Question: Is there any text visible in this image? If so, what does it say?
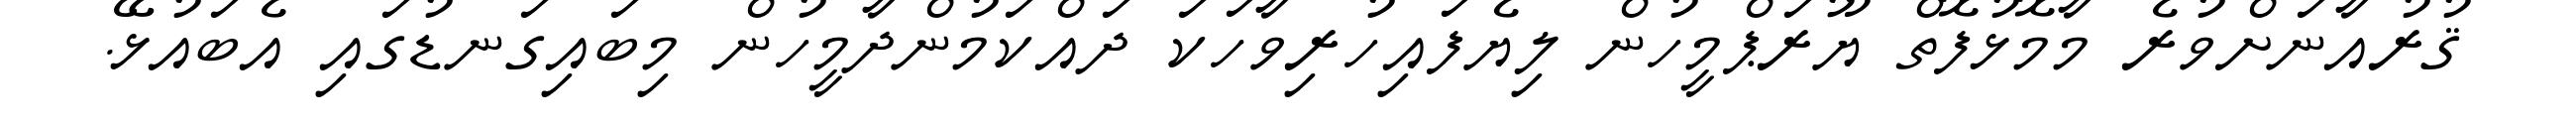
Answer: ޤުރުއާނަށްވުރެ މާމޮޅުފޮތް ޔޫރަޕްމީހުން ލިޔެފައިހުރިވާހަކަ ދައްކަމުންދާމީހުން މިބައިގަނޑުގައި އެބައުޅޭ.